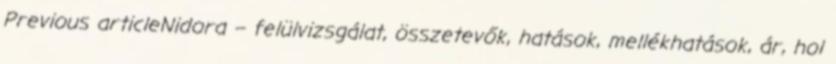
Previous articleNidora – felülvizsgálat, összetevők, hatások, mellékhatások, ár, hol